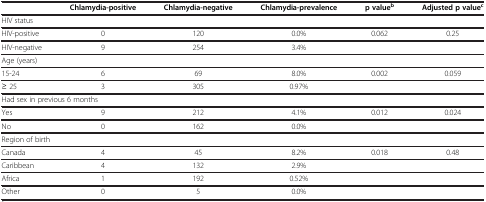
|  | Chlamydia-positive | Chlamydia-negative | Chlamydia-prevalence | p valueb | Adjusted p valuec |
 | --- | --- | --- | --- | --- | --- |
 | <COLSPAN=6> HIV status |
 | HIV-positive | 0 | 120 | 0.0% | 0.062 | 0.25 |
 | HIV-negative | 9 | 254 | 3.4% |  |  |
 | <COLSPAN=6> Age (years) |
 | 15-24 | 6 | 69 | 8.0% | 0.002 | 0.059 |
 | ≥ 25 | 3 | 305 | 0.97% |  |  |
 | <COLSPAN=6> Had sex in previous 6 months |
 | Yes | 9 | 212 | 4.1% | 0.012 | 0.024 |
 | No | 0 | 162 | 0.0% |  |  |
 | <COLSPAN=6> Region of birth |
 | Canada | 4 | 45 | 8.2% | 0.018 | 0.48 |
 | Caribbean | 4 | 132 | 2.9% |  |  |
 | Africa | 1 | 192 | 0.52% |  |  |
 | Other | 0 | 5 | 0.0% |  |  |